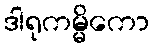
ဒါရုကမ္မိကော